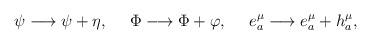
LaTeX: \begin{align*}\psi \longrightarrow \psi + \eta, \ \ \ \ \Phi \longrightarrow\Phi+ \varphi, \ \ \ \ e^\mu_a \longrightarrow e^\mu_a + h^\mu_a,\end{align*}